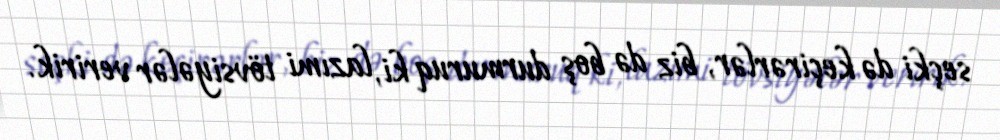
seçki də keçirərlər, biz də boş durmuruq ki, lazımi tövsiyələr veririk.